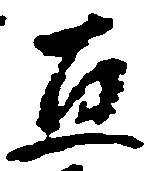
直